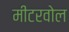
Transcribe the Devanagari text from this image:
मीटरवोल